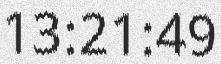
13:21:49